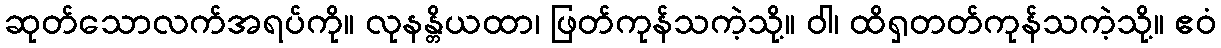
ဆုတ်သောလက်အရပ်ကို။ လုနန္တိယထာ၊ ဖြတ်ကုန်သကဲ့သို့။ ဝါ၊ ထိရှတတ်ကုန်သကဲ့သို့။ ဧဝံ